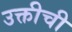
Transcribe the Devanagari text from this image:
उक्तीची